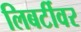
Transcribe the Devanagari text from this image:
लिबर्टीवर